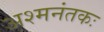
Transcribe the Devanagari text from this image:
अश्‍मनंतकः